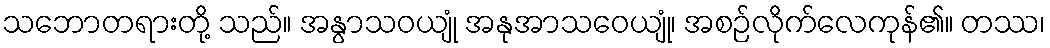
သဘောတရားတို့ သည်။ အနွာသဝယျုံ အနုအာသဝေယျုံ၊ အစဉ်လိုက်လေကုန်၏။ တဿ၊